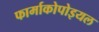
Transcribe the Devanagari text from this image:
फार्माकोपोइयल